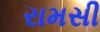
રામસી